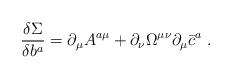
LaTeX: \begin{align*}\frac{\delta \Sigma }{\delta b^a}=\partial _\mu A^{a\mu }+\partial _\nu\Omega ^{\mu \nu }\partial _\mu \bar{c}^a\;. \end{align*}